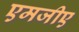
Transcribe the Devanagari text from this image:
एमजीए